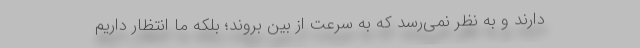
دارند و به نظر نمی‌رسد که به سرعت از بین بروند؛ بلکه ما انتظار داریم